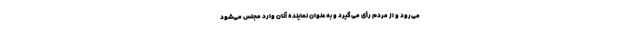
می‌رود و از مردم رأی می‌گیرد و به عنوان نماینده آنان وارد مجلس می‌شود